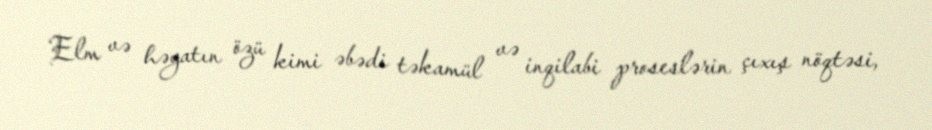
Elm və həyatın özü kimi əbədi təkamül və inqilabi proseslərin çıxış nöqtəsi,